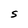
Character: S